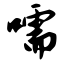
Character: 嚅